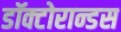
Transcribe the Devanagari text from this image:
डॉक्टोरान्डस